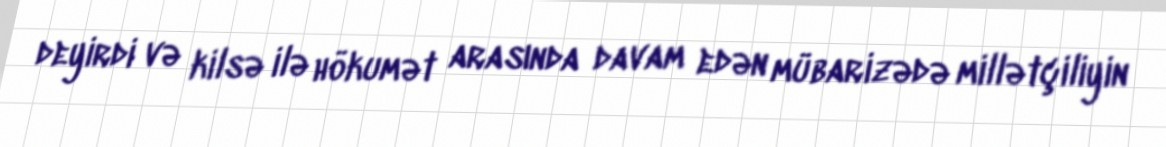
deyirdi və kilsə ilə hökumət arasında davam edən mübarizədə millətçiliyin